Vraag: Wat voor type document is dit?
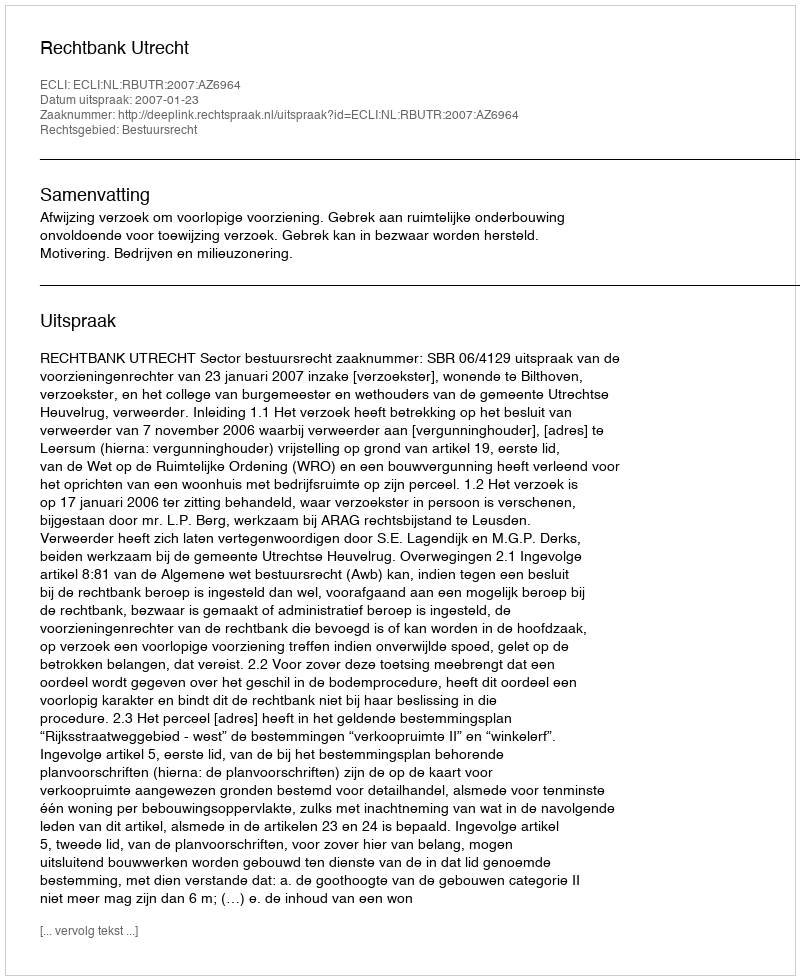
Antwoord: Uitspraak